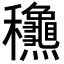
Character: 𥤛